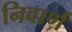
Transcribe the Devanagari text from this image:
निवार्ण